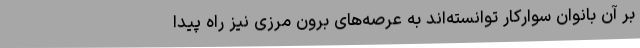
بر آن بانوان سوارکار توانسته‌اند به عرصه‌های برون مرزی نیز راه پیدا